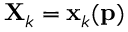
\mathbf { X } _ { k } = \mathbf { x } _ { k } ( \mathbf { p } )